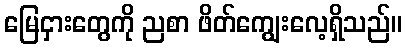
မြေငှားတွေကို ညစာ ဖိတ်ကျွေးလေ့ရှိသည်။